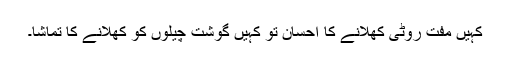
کہیں مفت روٹی کھلانے کا احسان تو کہیں گوشت چیلوں کو کھلانے کا تماشا۔